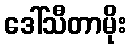
ဒေါ်သီတာမိုး